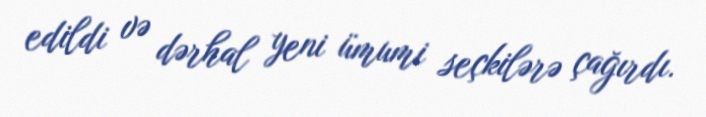
edildi və dərhal yeni ümumi seçkilərə çağırdı.